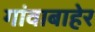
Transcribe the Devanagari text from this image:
गांवाबाहेर